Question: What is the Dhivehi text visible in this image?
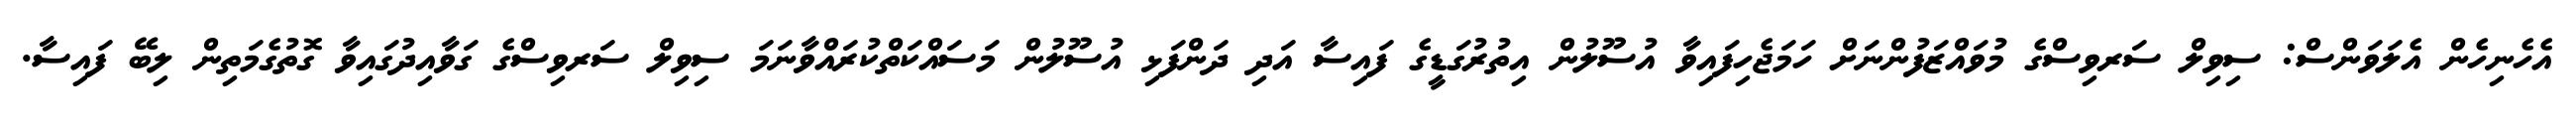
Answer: އެހެނިހެން އެލަވަންސް: ސިވިލް ސަރވިސްގެ މުވައްޒަފުންނަށް ހަމަޖެހިފައިވާ އުސޫލުން އިތުރުގަޑީގެ ފައިސާ އަދި ދަންފަޅި އުސޫލުން މަސައްކަތްކުރައްވާނަމަ ސިވިލް ސަރވިސްގެ ގަވާއިދުގައިވާ ގޮތުގެމަތިން ލިބޭ ފައިސާ.